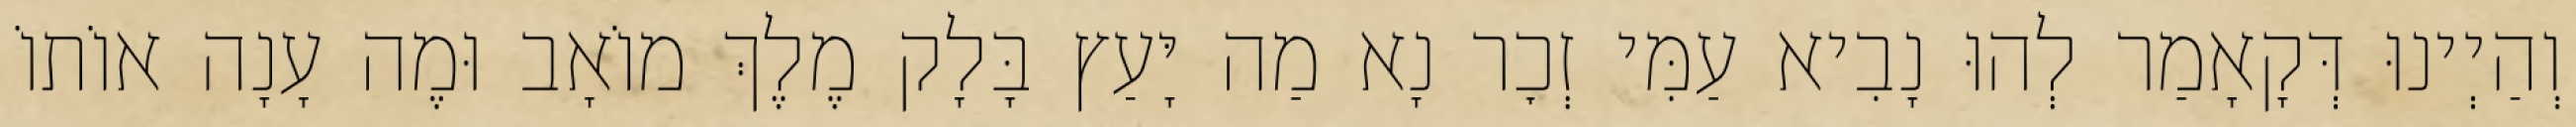
וְהַיְינוּ דְּקָאָמַר לְהוּ נָבִיא עַמִּי זְכׇר נָא מַה יָּעַץ בָּלָק מֶלֶךְ מוֹאָב וּמֶה עָנָה אוֹתוֹ